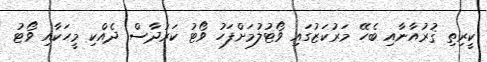
ކީރިތި ޤުރުއާނާއި ބެހޭ މަރުކަޒުގައި ވޯޓުލުމަށްފަހު ވޯޓު ކަރުދާސް ދެއްކި މީހަކާއި ވޯޓު